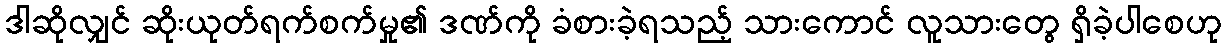
ဒါဆိုလျှင် ဆိုးယုတ်ရက်စက်မှု၏ ဒဏ်ကို ခံစားခဲ့ရသည့် သားကောင် လူသားတွေ ရှိခဲ့ပါစေဟု